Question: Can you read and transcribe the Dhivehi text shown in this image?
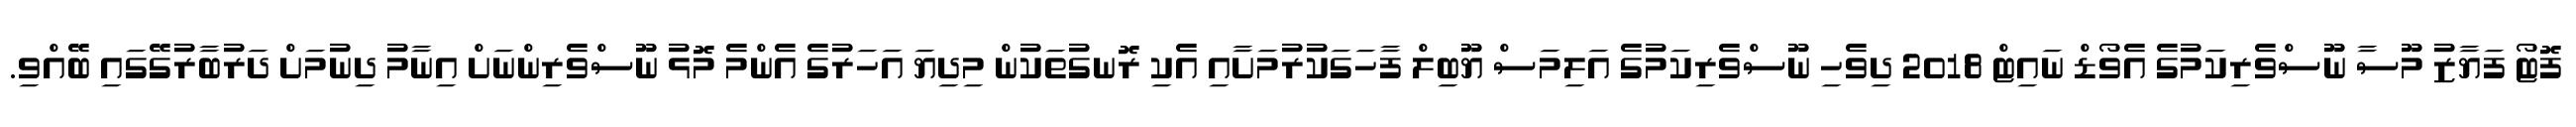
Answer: ފޮޓޯ ފަޔާޒު މޫސާ ނޫސްވެރިކަމުގެ އެވޯޑް ނައިޓް 2018 ދިވެހި ނޫސްވެރިކަމުގެ އަލިމަސް ޔޫބިލް ފާހަގަކުރުމަށާއި އެކި ރޮނގުތަކުން މިދިޔަ އަހަރުގެ އެންމެ މޮޅު ނޫސްވެރިންނަށް އިނާމު ދިނުމަށް ދަރުބާރުގޭގައި ބޭއްވި.